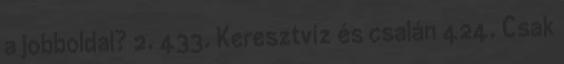
a jobboldal? 2. 433. Keresztvíz és csalán 424. Csak